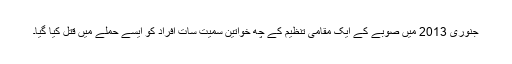
جنوری 2013 میں صوبے کے ایک مقامی تنظیم کے چھ خواتین سمیت سات افراد کو ایسے حملے میں قتل کیا گیا۔